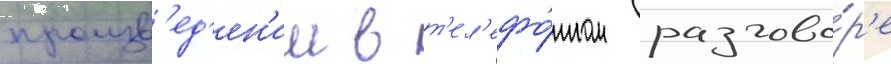
произв'ед'ен'ии в т'ел'ефо́нном разгово́р'е